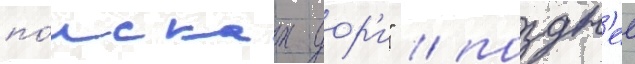
по́исках дор'и" / поздн'ее